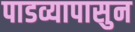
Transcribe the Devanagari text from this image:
पाडव्यापासुन